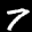
Label: 7